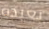
بعيدة